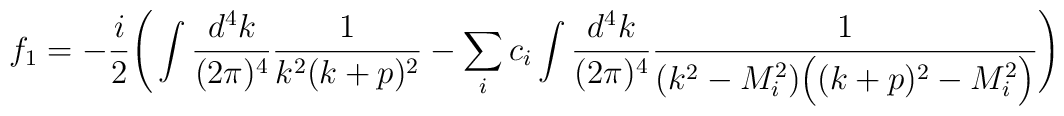
f_1 =- \frac{i}{2}\Bigg(\int\frac{d^4k}{(2\pi)^4} \frac{1}{k^2 (k+p)^2}- \sum\limits_i c_i \int\frac{d^4k}{(2\pi)^4}\frac{1}{(k^2-M_i^2)\Big((k+p)^2-M_i^2\Big)}\Bigg)